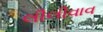
લીલીવાવ